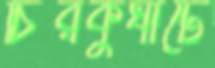
চিরকুঘাটে